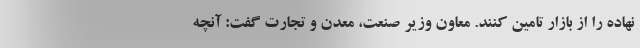
نهاده را از بازار تامین کنند. معاون وزیر صنعت، معدن و تجارت گفت: آنچه